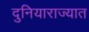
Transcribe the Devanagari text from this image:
दुनियाराज्यात